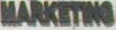
MARKETING